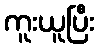
ကူးယူပြီး